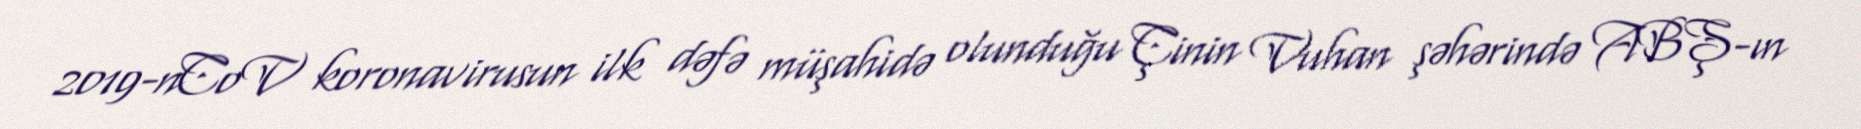
2019-nCoV koronavirusun ilk dəfə müşahidə olunduğu Çinin Vuhan şəhərində ABŞ-ın